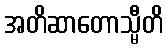
အတိဆာတောသ္မီတိ